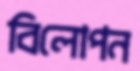
বিলোপন